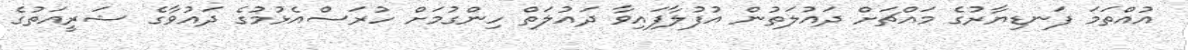
އުއްތަމަ ފަނޑިޔާރުގެ މައްޗަށް ދައުލަތުން އުފުލާފައިވާ ދައުލަތް ހިންގުމަށް ހުރަސްއެޅުމުގެ ދައުވާގެ ޝަރީއަތުގެ